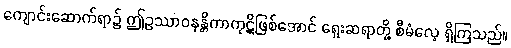
ကျောင်းဆောက်ရာ၌ ဤဥဿာဝနန္တိကာကုဋိဖြစ်အောင် ရှေးဆရာတို့ စီမံလေ့ ရှိကြသည်။